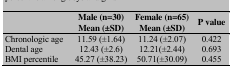
<table><thead><tr><td></td><td><b>Male (n=30) Mean (±SD)</b></td><td><b>Female (n=65) Mean (±SD)</b></td><td><b>P value</b></td></tr></thead><tbody><tr><td> Chronologic age </td><td> 11.59 (±1.64) </td><td> 11.24 (±2.07) </td><td> 0.422 </td></tr><tr><td> Dental age </td><td> 12.43 (±2.6) </td><td> 12.21(±2.44) </td><td> 0.693 </td></tr><tr><td> BMI percentile </td><td> 45.27 (±38.23) </td><td> 50.71(±30.09) </td><td> 0.455 </td></tr></tbody></table>